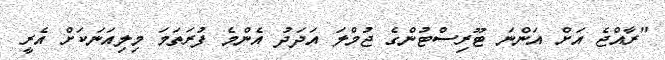
"ރާއްޖެ އަށް އަންނަ ޓޫރިސްޓުންގެ ޖުމްލަ އަދަދު އެންމެ ފުރަތަމަ މިލިއަނަކަށް އެރީ